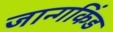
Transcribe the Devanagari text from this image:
जान्गकिंड